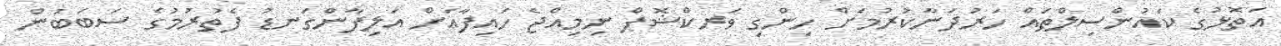
އަތޮޅުގެ ކައުންސިލްތައް ހަރުދަނާކުރުމަށް ހިންގި ވަރކްޝޮޕް ނިމިއްޖެ ހައިފާއަށް އަލިފާންގަނޑު ފެތުރުމުގެ ސަބަބުން